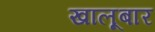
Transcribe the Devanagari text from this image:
खालूबार